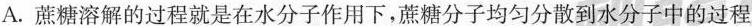
A.蔗糖溶解的过程就是在水分子作用下，蔗糖分子均匀分散到水分子中的过程